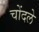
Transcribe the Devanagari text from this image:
चोंदले